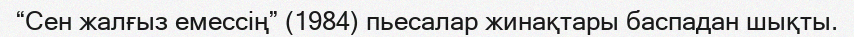
“Сен жалғыз емессің” (1984) пьесалар жинақтары баспадан шықты.